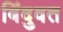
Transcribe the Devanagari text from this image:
बिंदुवत